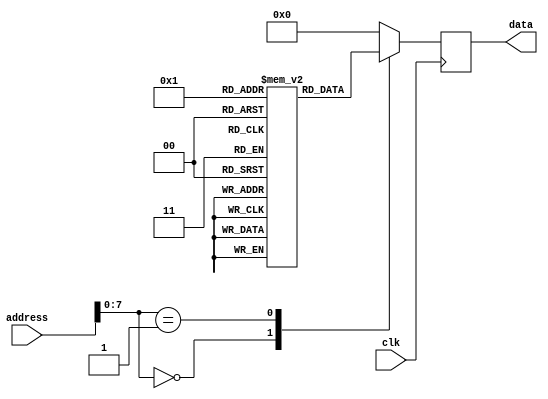
module Flash_ROM (
    input wire clk,
    input wire [15:0] address,
    output reg [7:0] data
);

reg [7:0] memory [0:255]; // 256 memory blocks of 8 bits each

always @(posedge clk) begin
    case(address[7:0])
        8'h00: data <= memory[0];
        8'h01: data <= memory[1];
        // Add more cases for each memory block
        default: data <= 8'b0;
    endcase
end

endmodule